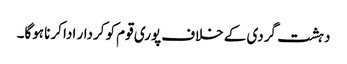
دہشت گردی کے خلاف پوری قوم کو کردار ادا کرنا ہوگا۔